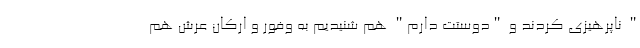
" ناپرهیزی کردند و "دوستت دارم" هم شنیدیم به وفور و ارکان عرش هم